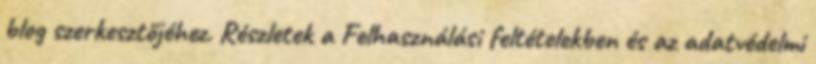
blog szerkesztőjéhez. Részletek a Felhasználási feltételekben és az adatvédelmi